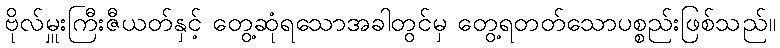
ဗိုလ်မှူးကြီးဇီယတ်နှင့် တွေ့ဆုံရသောအခါတွင်မှ တွေ့ရတတ်သောပစ္စည်းဖြစ်သည်၊၊